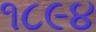
૧૮૯૪